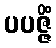
ပပဇ္ဇိံ